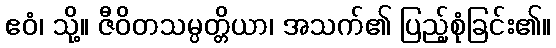
ဧဝံ၊ သို့။ ဇီဝိတသမ္ပတ္တိယာ၊ အသက်၏ ပြည့်စုံခြင်း၏။